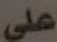
على